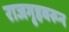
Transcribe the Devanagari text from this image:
राजगृहवरून